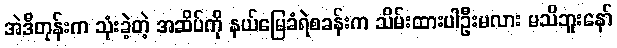
အဲဒီတုန်းက သုံးခဲ့တဲ့ အဆိပ်ကို နယ်မြေခံရဲစခန်းက သိမ်းထားပါဦးမလား မသိဘူးနော်